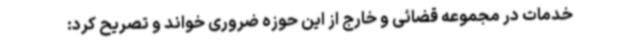
خدمات در مجموعه قضائی و خارج از این حوزه ضروری خواند و تصریح کرد: